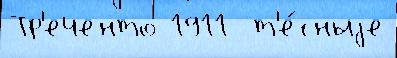
Тр'еченто 1911  т'е́сныjе